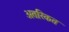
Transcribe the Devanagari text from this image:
अतरिकत